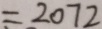
= 2 0 2 7